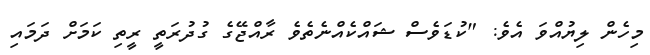
މިހެން ލިޔުއްވަ އެވެ: "ކުޑަވެސް ޝައްކެއްނެތެވެ ރާއްޖޭގެ ގުދުރަތީ ރީތި ކަމަށް ދަމައި